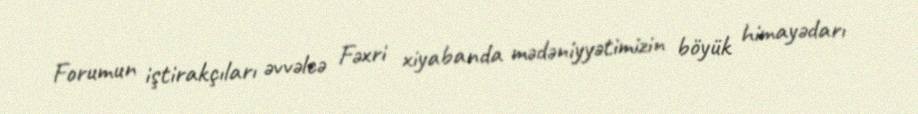
Forumun iştirakçıları əvvəlcə Fəxri xiyabanda mədəniyyətimizin böyük himayədarı